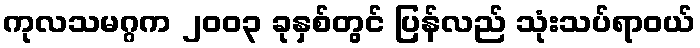
ကုလသမဂ္ဂက ၂၀၀၃ ခုနှစ်တွင် ပြန်လည် သုံးသပ်ရာဝယ်